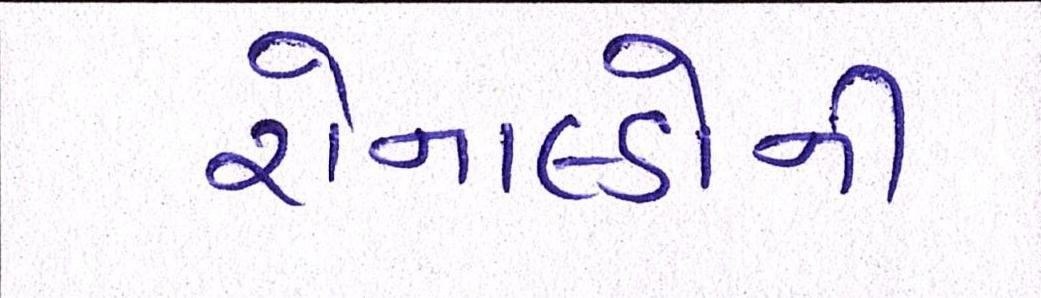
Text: રોનાલ્ડોની